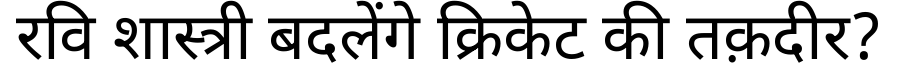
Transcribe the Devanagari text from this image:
रवि शास्त्री बदलेंगे क्रिकेट की तक़दीर?